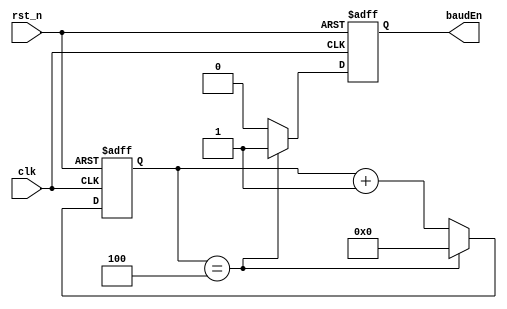
//=============================================================================================
// DMX-512 Transmitter
// Copyright 2014 by Glen Akins.
// All rights reserved.
// 
// Set editor width to 96 and tab stop to 4.
//
// This program is free software: you can redistribute it and/or modify
// it under the terms of the GNU General Public License as published by
// the Free Software Foundation, either version 3 of the License, or
// (at your option) any later version.
//
// This program is distributed in the hope that it will be useful,
// but WITHOUT ANY WARRANTY; without even the implied warranty of
// MERCHANTABILITY or FITNESS FOR A PARTICULAR PURPOSE.  See the
// GNU General Public License for more details.
//
// You should have received a copy of the GNU General Public License
// along with this program.  If not, see <http://www.gnu.org/licenses/>.
//=============================================================================================

module dmx_brg
(
	input	wire			rst_n,
	input	wire			clk,
	output	reg				baudEn
);

parameter DIVISOR = 4;

reg [7:0] baudCount;

always @ (posedge clk or negedge rst_n)
begin
    if (!rst_n)
    begin
        baudCount <= 0;
        baudEn <= 0;
    end
    else
    begin
        if (baudCount == DIVISOR)
        begin
            baudCount <= 0;
            baudEn <= 1;
        end
        else
        begin
            baudCount <= baudCount + 1;
            baudEn <= 0;
        end
    end
end

endmodule